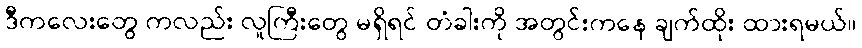
ဒီကလေးတွေ ကလည်း လူကြီးတွေ မရှိရင် တံခါးကို အတွင်းကနေ ချက်ထိုး ထားရမယ်။